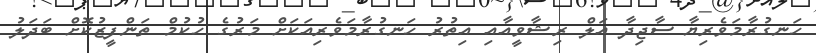
ހަނގުރާމަވެރިޔާ ސާޖިދާ އަލް ރިޝާވީއާއި އިތުރު ހަނގުރާމަވެރިއަކަށް މަރުގެ ހުކުމް ތަންފީޒުކޮށް ބަދަލު